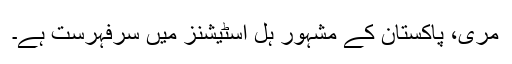
مری، پاکستان کے مشہور ہل اسٹیشنز میں سرفہرست ہے۔